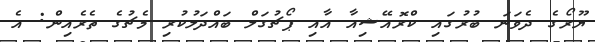
ޔޫރޯގެ ދެވަނަ ބުރުގައި ކްރޮއޭޝިއާ އާއި ޕޯޗުގަލް ބައްދަލުކުރި މެޗުގެ ތެރެއިން: އެ